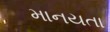
માનયતા